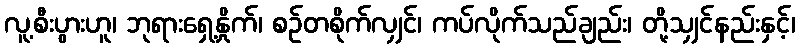
လူ့စီးပွားဟူ၊ ဘုရားရှေ့နှိုက်၊ စဉ်တစိုက်လျှင်၊ ကပ်လိုက်သည်ချည်း၊ တို့သျှင်နည်းနှင့်၊